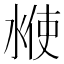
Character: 𰜇